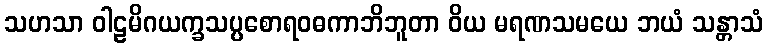
သဟသာ ဝါဠမိဂယက္ခသပ္ပစောရဝဓကာဘိဘူတာ ဝိယ မရဏသမယေ ဘယံ သန္တာသံ